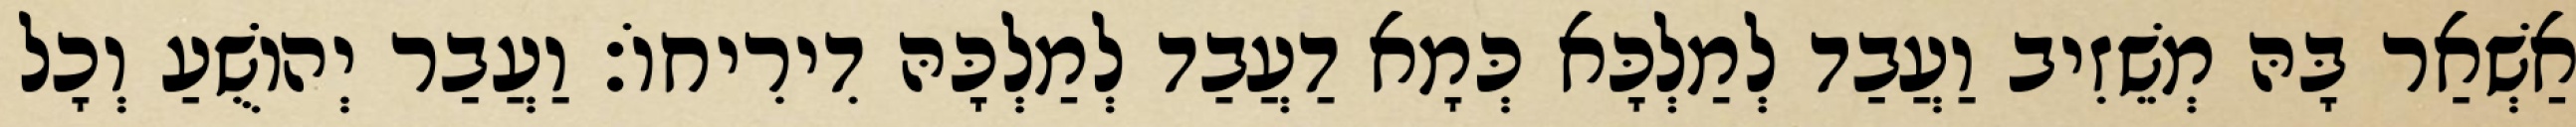
אַשְׁאַר בָּהּ מְשֵׁזִיב וַעֲבַד לְמַלְכָּא כְּמָא דַעֲבַד לְמַלְכָּהּ דִירִיחוֹ׃ וַעֲבַר יְהוֹשֻׁעַ וְכָל